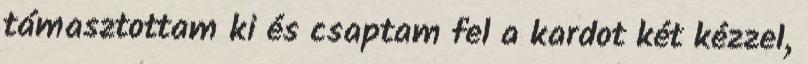
támasztottam ki és csaptam fel a kardot két kézzel,